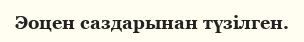
Эоцен саздарынан түзілген.